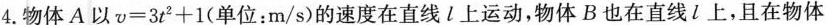
4.物体A以$$v = 3 t ^ { 2 } + 1$$(单位：m/s)的速度在直线l上运动，物体B也在直线l上，且在物体